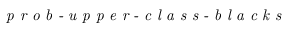
\textit { p r o b - u p p e r - c l a s s - b l a c k s }